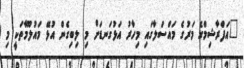
"އަފްރާޝިމްގެ މަރުގެ މައްސަލާގައި މިހާރު އަޅުގަނޑަށް މި ލިބިގެން އުޅޭ މައުލޫމާތަކީ މި